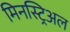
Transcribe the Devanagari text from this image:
मिनस्ट्रिअल